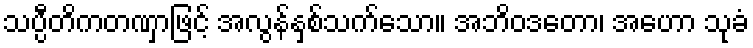
သပ္ပီတိကတဏှာဖြင့် အလွန်နှစ်သက်သော။ အဘိဝဒတော၊ အဟော သုခံ